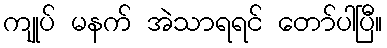
ကျုပ် မနက် အဲသာရရင် တော်ပါပြီ။